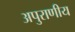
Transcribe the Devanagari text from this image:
अपुराणीय